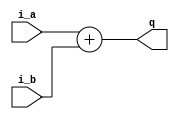
// Coder:           David Adrian Michel Torres, Eduardo Ethandrake Castillo Pulido
// Module name:	  adder
// Project Name:	  risc_v_top
// Description:	  Perform add operation

module adder #(parameter LENGTH=1)(
	//inputs
	input [LENGTH-1:0] i_a, i_b,
	//outputs
	output [LENGTH-1:0] q
);

assign q = i_a + i_b;

endmodule